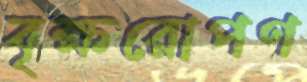
বৃক্ষরোপণ